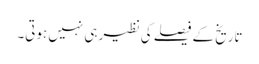
تاریخ کے فیصلے کی نظیر ہی نہیں ہوتی۔